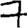
Digit: 7